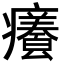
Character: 𭼸